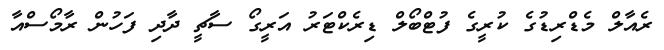
ރެއާލް މެޑްރިޑުގެ ކުރީގެ ފުޓްބޯލް ޑިރެކްޓަރު އަރީގޯ ސާޗީ ދާދި ފަހުން ރާމޯސްއާ